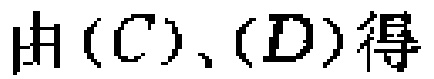
由\((C)\)、\((D)\)得